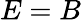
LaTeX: E=B